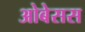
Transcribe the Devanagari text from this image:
ओबेसस